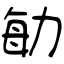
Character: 勄